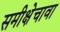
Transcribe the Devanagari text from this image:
समीक्षेचावा